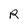
Character: R